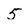
Character: 5